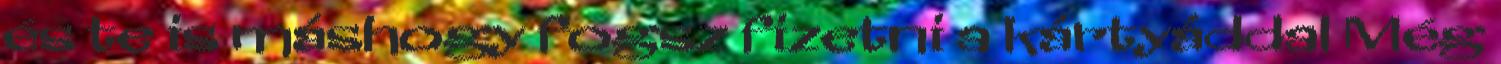
és te is máshogy fogsz fizetni a kártyáddal Még